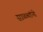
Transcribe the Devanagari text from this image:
साळव्यांनी